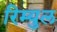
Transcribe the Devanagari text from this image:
रिम्युल